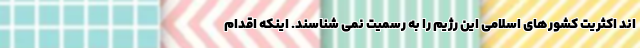
اند اکثریت کشورهای اسلامی این رژیم را به رسمیت نمی شناسند. اینکه اقدام